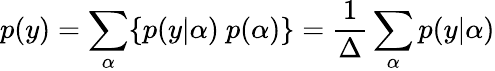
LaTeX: p(y)=\sum_{\alpha}\{ p(y|\alpha)~p(\alpha)\} =\frac{1}{\Delta}\sum_{\alpha}p(y|\alpha)